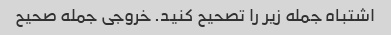
اشتباه جمله زیر را تصحیح کنید. خروجی جمله صحیح